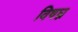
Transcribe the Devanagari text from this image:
विषघ्न